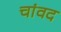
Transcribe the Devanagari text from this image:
चांवद